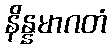
နိန္နမာဂတံ